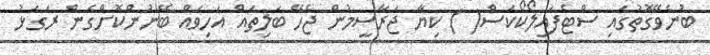
ބުނެވޭގޮތުގައި ސްޓެފައިލޯކޯކަސް( ) ކިޔާ ޖަރާސީމުން ޖެހޭ ބަލިތައް އަހިވައް ބޭނުންކޮށްގެން ރަގަޅު